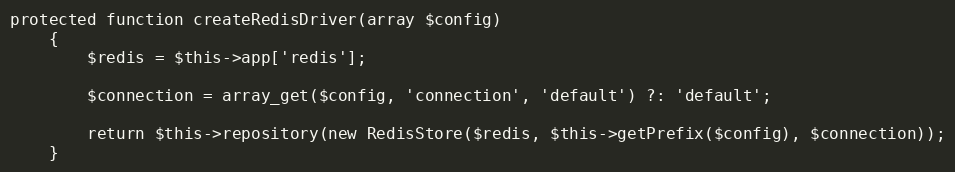
Language: PHP
protected function createRedisDriver(array $config)
	{
		$redis = $this->app['redis'];

		$connection = array_get($config, 'connection', 'default') ?: 'default';

		return $this->repository(new RedisStore($redis, $this->getPrefix($config), $connection));
	}